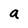
Character: a